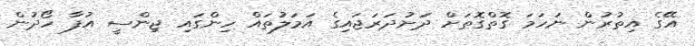
އޭގެ އިތުރުން ނަހަމަ ގޮތްގޮތަށް ދަށުދަރަޖައިގެ އަމަލުތައް ހިންގައި ޖިންސީ އުފާ ހޯދުން